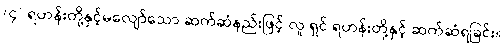
(၄) ရဟန်းတို့နှင့်မလျော်သော ဆက်ဆံနည်းဖြင့် လူ ရှင် ရဟန်းတို့နှင့် ဆက်ဆံရခြင်း။